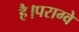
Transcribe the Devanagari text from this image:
है।पराग्वे